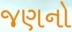
જણનો